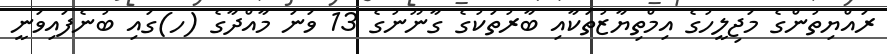
ރައްޔިތުންގެ މަޖިލީހުގެ އިމްތިޔާޒުތަކާއި ބާރުތަކުގެ ގާނޫނުގެ 13 ވަނަ މާއްދާގެ (ހ)ގައި ބުނެފައިވަނީ